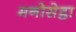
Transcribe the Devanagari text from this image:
मनोसेट्ठा